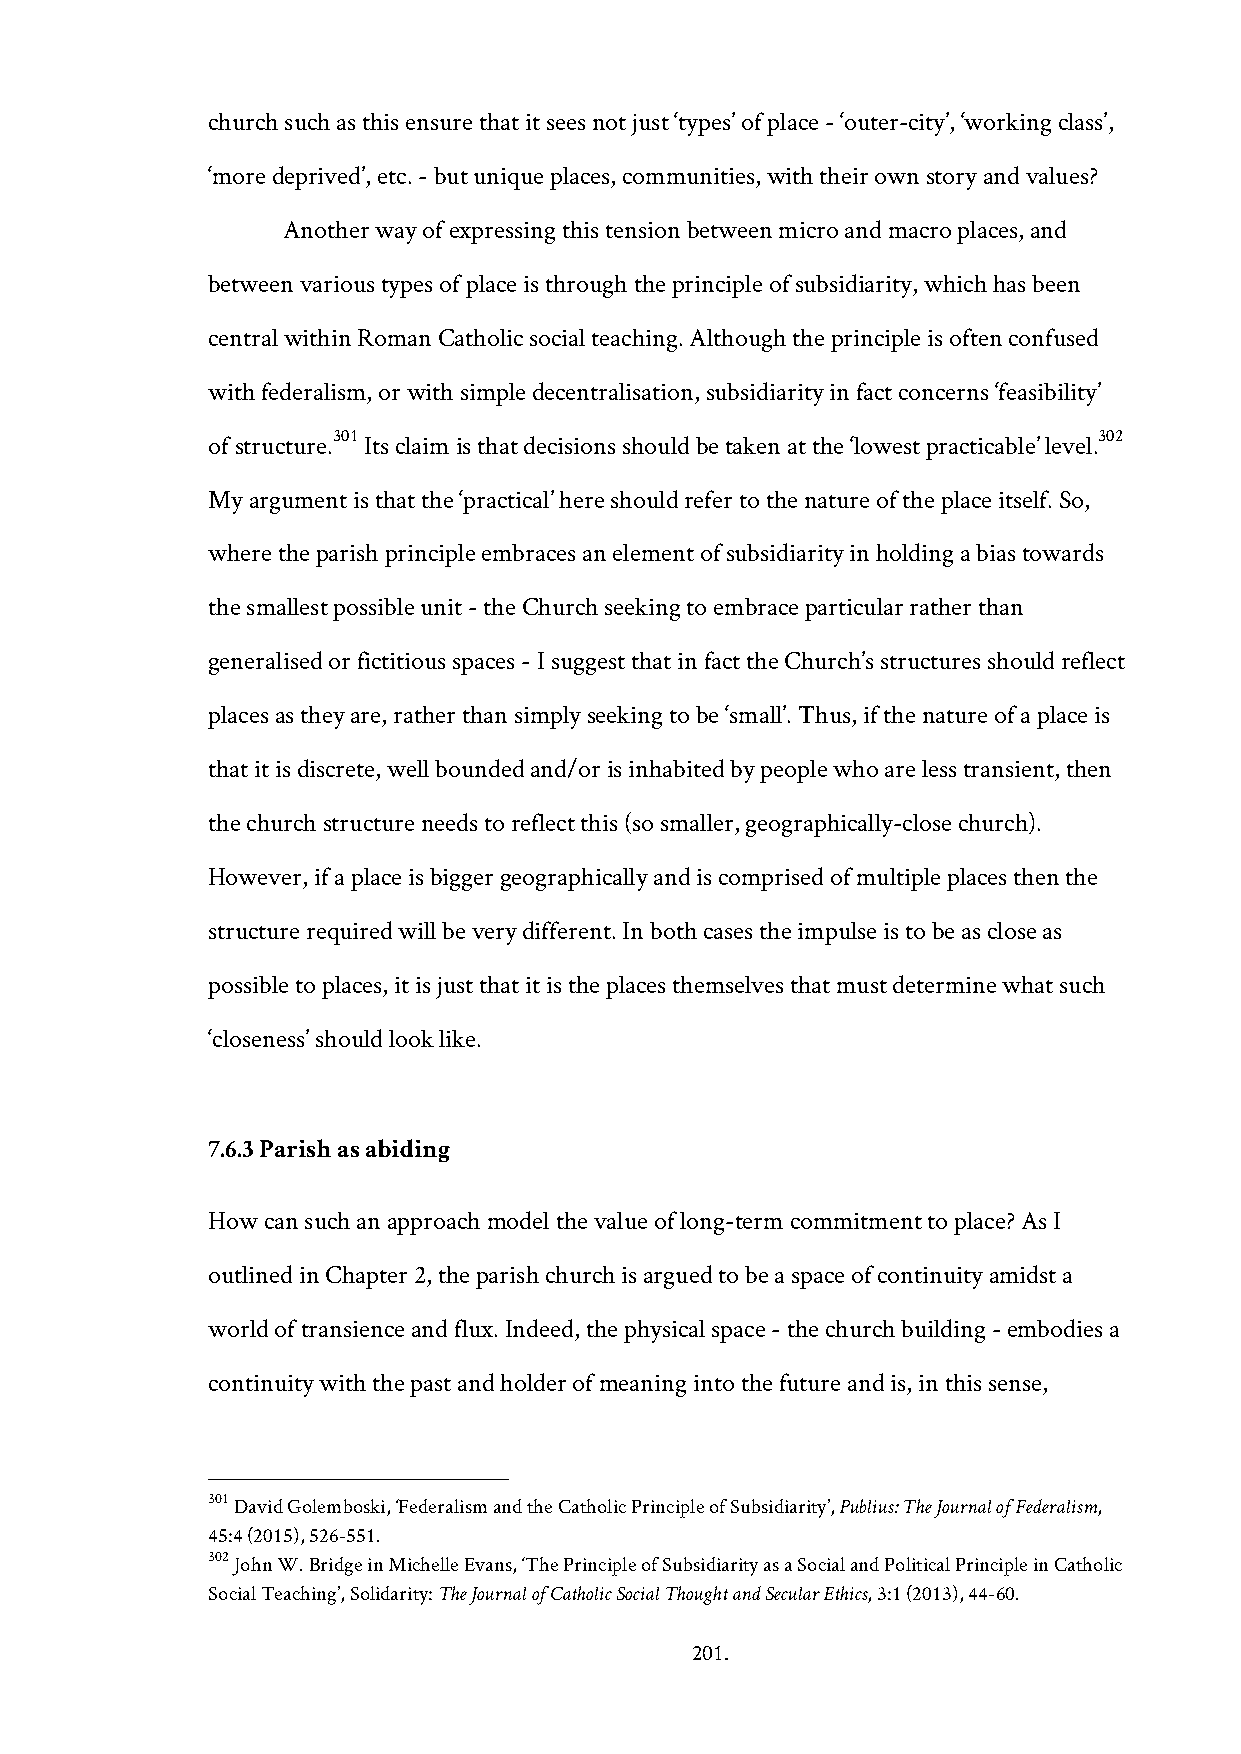
church such as this ensure that it sees not just ‘types’ of place - ‘outer-city’, ‘working class’,
 ‘more deprived’, etc. - but unique places, communities, with their own story and values?
 Another way of expressing this tension between micro and macro places, and
 between various types of place is through the principle of subsidiarity, which has been
 central within Roman Catholic social teaching. Although the principle is often confused
 with federalism, or with simple decentralisation, subsidiarity in fact concerns ‘feasibility’
 301                                                302
 of structure. Its claim is that decisions should be taken at the ‘lowest practicable’ level.
 My argument is that the ‘practical’ here should refer to the nature of the place itself. So,
 where the parish principle embraces an element of subsidiarity in holding a bias towards
 the smallest possible unit - the Church seeking to embrace particular rather than
 generalised or fictitious spaces - I suggest that in fact the Church’s structures should reflect
 places as they are, rather than simply seeking to be ‘small’. Thus, if the nature of a place is
 that it is discrete, well bounded and/or is inhabited by people who are less transient, then
 the church structure needs to reflect this (so smaller, geographically-close church).
 However, if a place is bigger geographically and is comprised of multiple places then the
 structure required will be very different. In both cases the impulse is to be as close as
 possible to places, it is just that it is the places themselves that must determine what such
 ‘closeness’ should look like.
 7.6.3 Parish as abiding
 How can such an approach model the value of long-term commitment to place? As I
 outlined in Chapter 2, the parish church is argued to be a space of continuity amidst a
 world of transience and flux. Indeed, the physical space - the church building - embodies a
 continuity with the past and holder of meaning into the future and is, in this sense,
 301 David Golemboski, ‘Federalism and the Catholic Principle of Subsidiarity’, Publius: The Journal of Federalism,
 45:4 (2015), 526-551.
 302 John W. Bridge in Michelle Evans, ‘The Principle of Subsidiarity as a Social and Political Principle in Catholic
 Social Teaching’, Solidarity: The Journal of Catholic Social Thought and Secular Ethics, 3:1 (2013), 44-60.
 201.